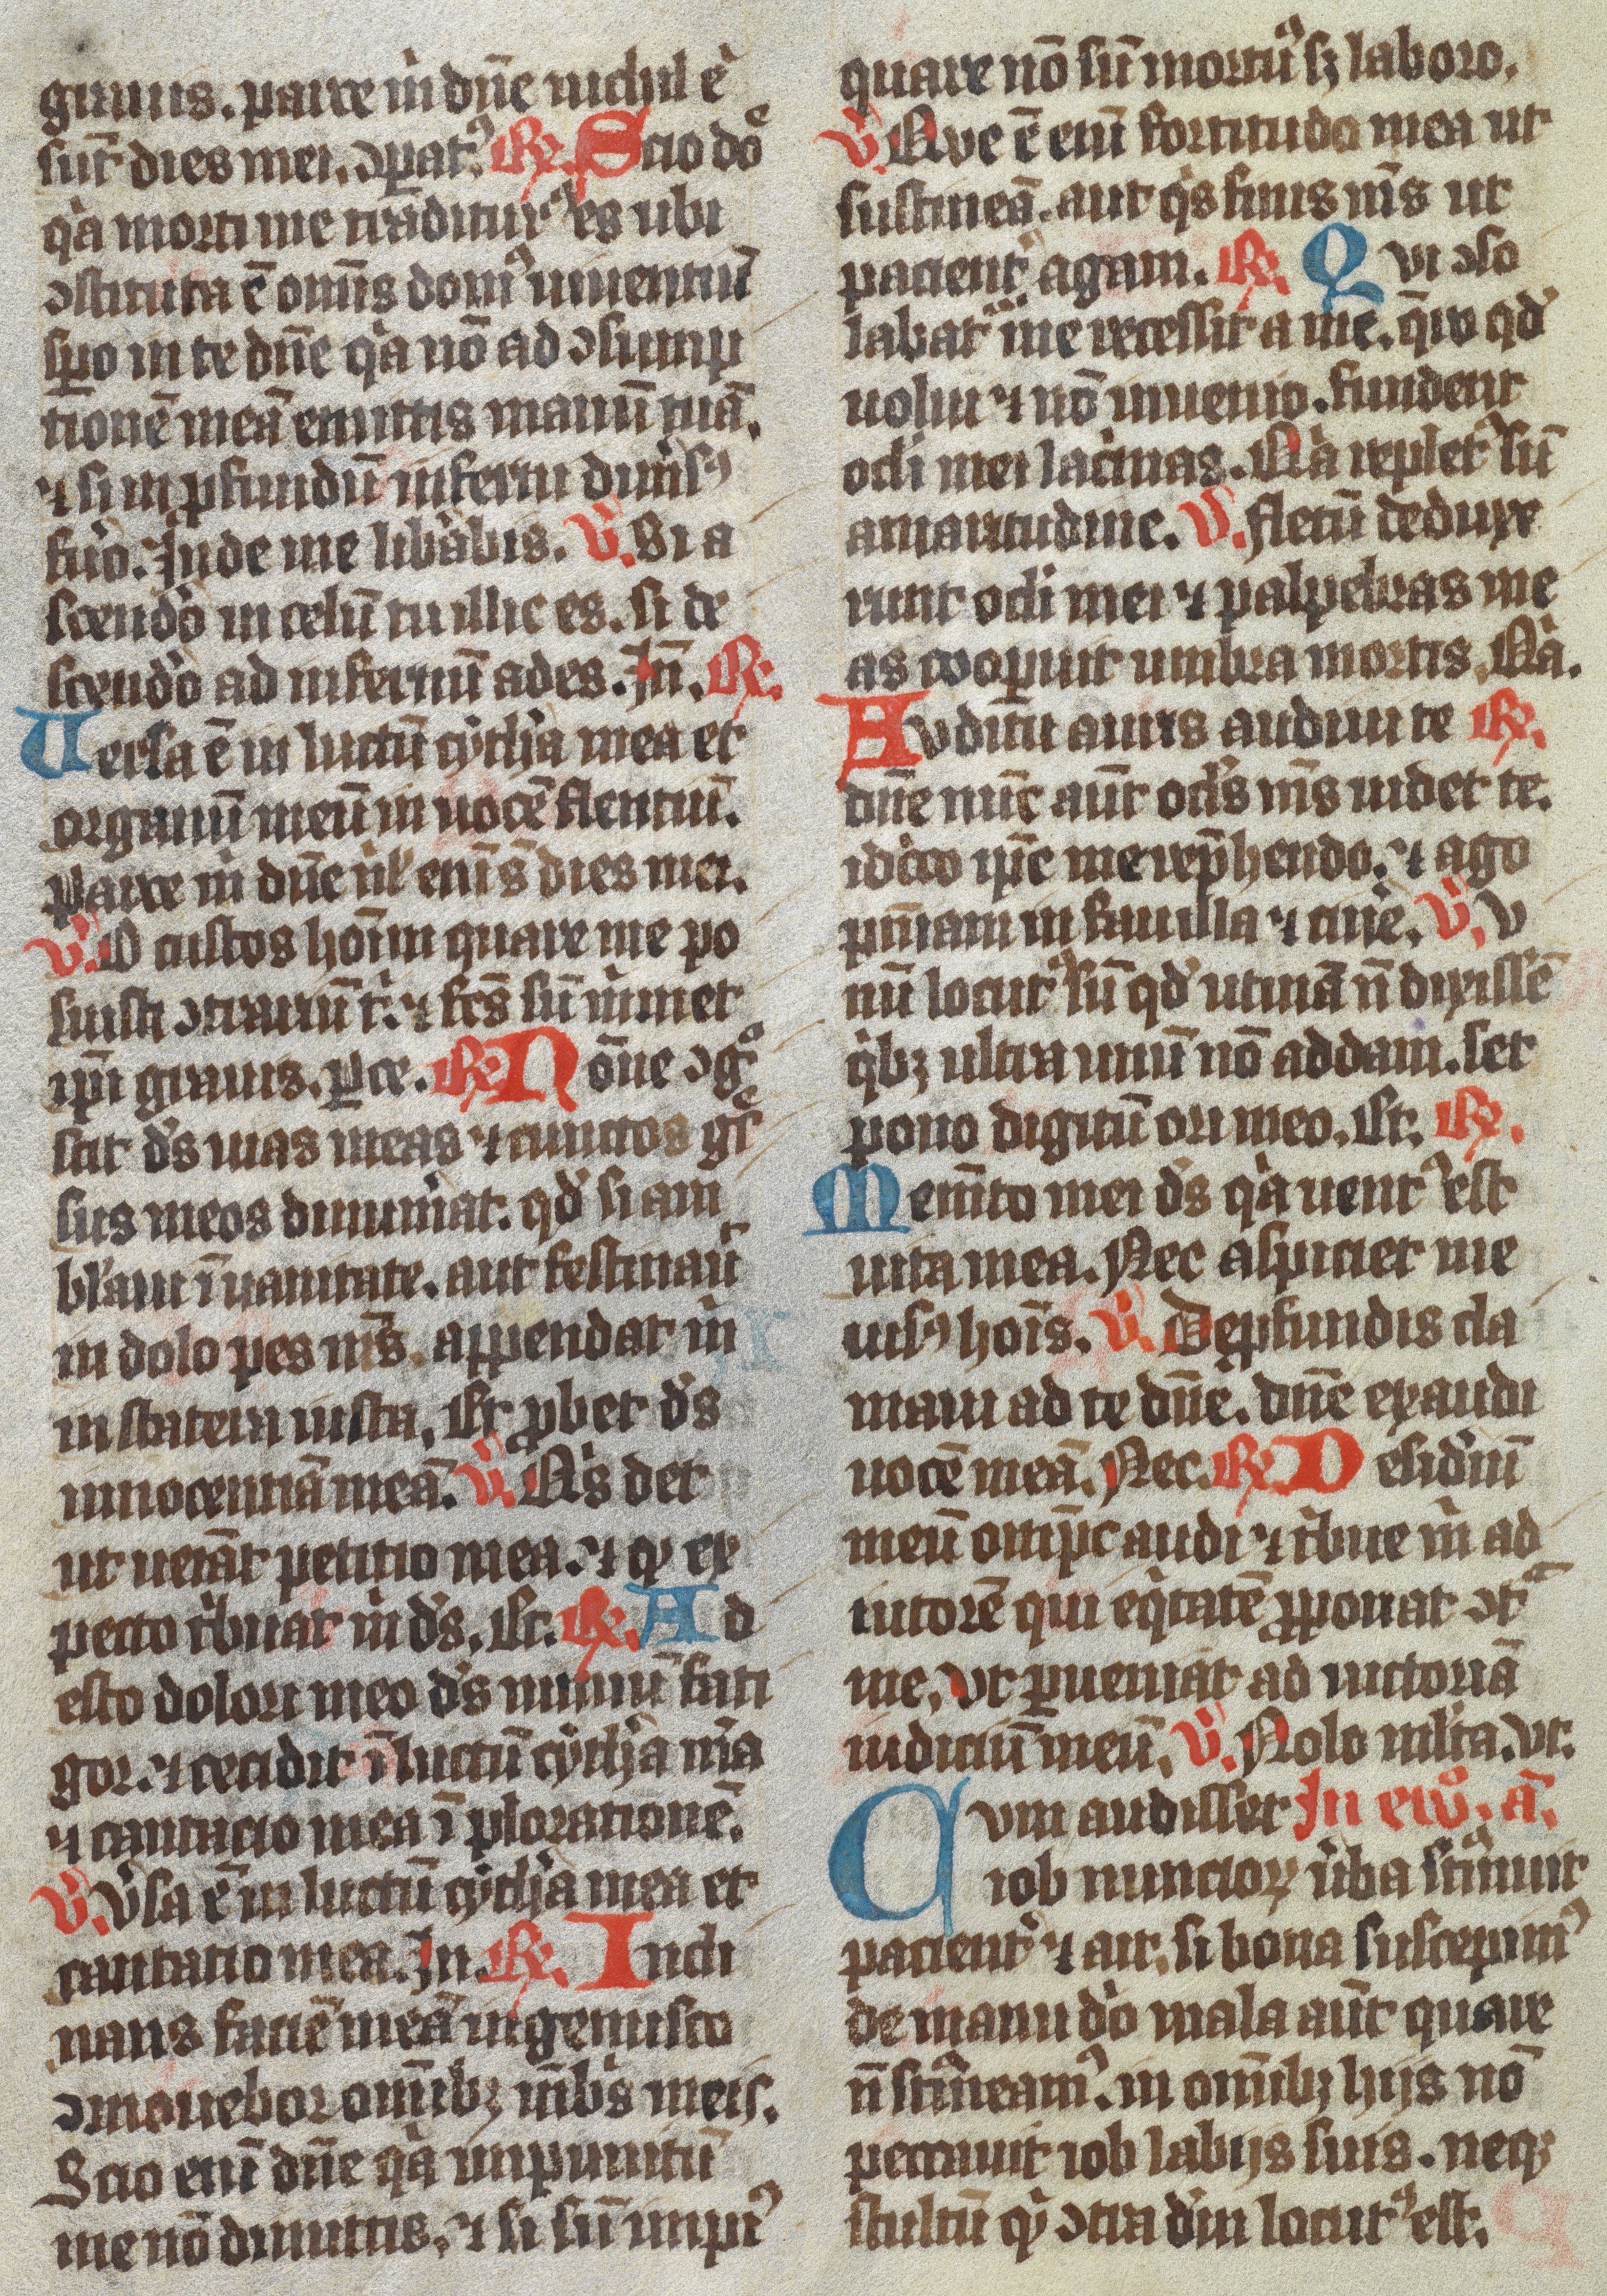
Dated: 1350–1399